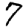
Digit: 7